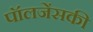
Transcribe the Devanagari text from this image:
पॉलजेंसकी